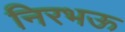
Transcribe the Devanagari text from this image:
निरभऊ